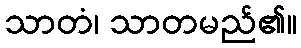
သာတံ၊ သာတမည်၏။